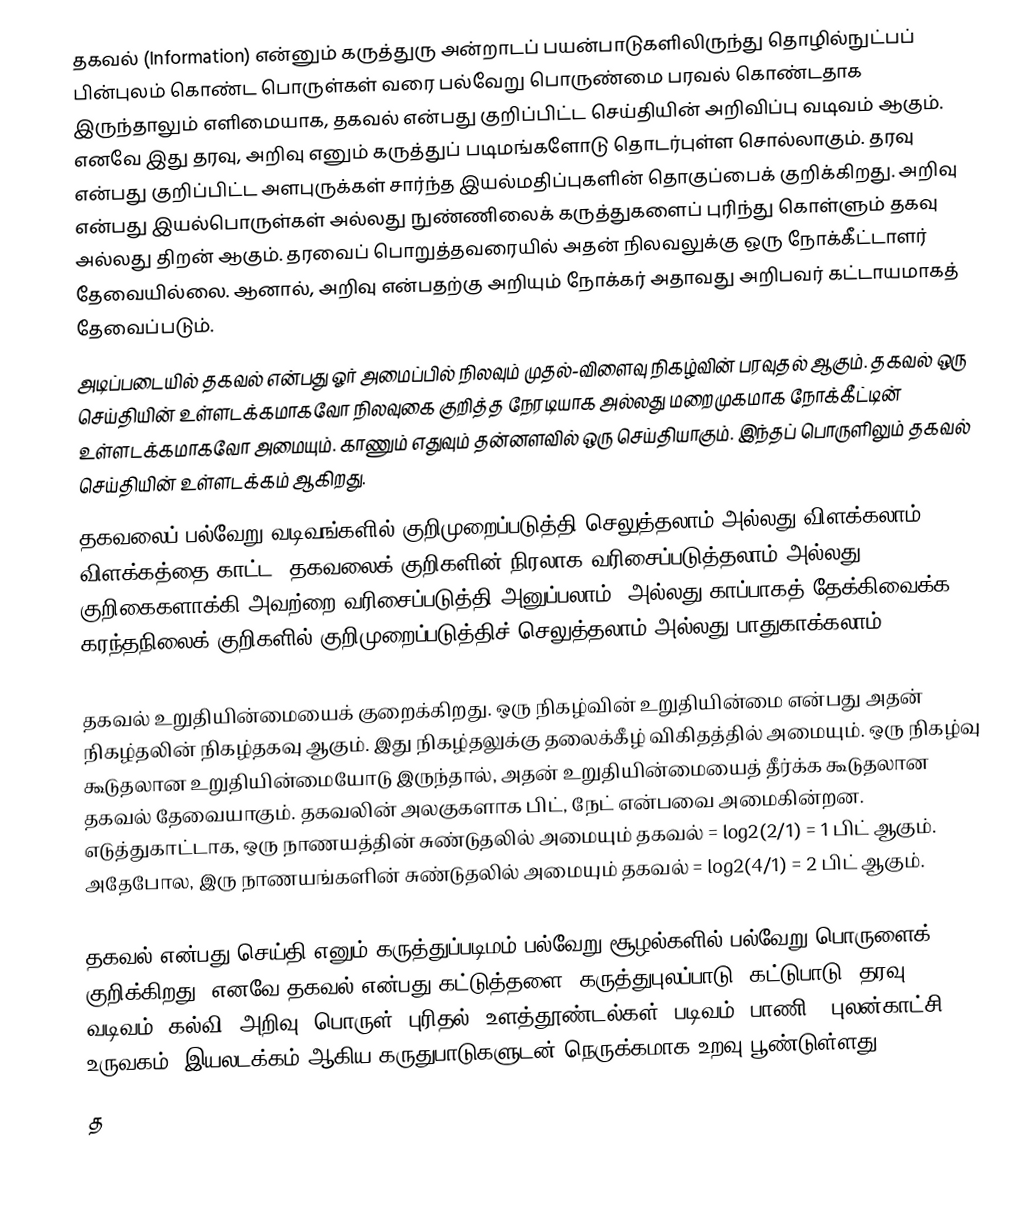
தகவல் (Information) என்னும் கருத்துரு அன்றாடப் பயன்பாடுகளிலிருந்து தொழில்நுட்பப் பின்புலம் கொண்ட பொருள்கள் வரை பல்வேறு பொருண்மை பரவல் கொண்டதாக இருந்தாலும்  எளிமையாக, தகவல் என்பது குறிப்பிட்ட செய்தியின் அறிவிப்பு வடிவம் ஆகும். எனவே இது  தரவு, அறிவு எனும் கருத்துப் படிமங்களோடு தொடர்புள்ள சொல்லாகும். தரவு என்பது குறிப்பிட்ட அளபுருக்கள் சார்ந்த இயல்மதிப்புகளின் தொகுப்பைக் குறிக்கிறது. அறிவு என்பது இயல்பொருள்கள் அல்லது நுண்ணிலைக் கருத்துகளைப் புரிந்து கொள்ளும் தகவு அல்லது திறன் ஆகும். தரவைப் பொறுத்தவரையில் அதன் நிலவலுக்கு ஒரு நோக்கீட்டாளர் தேவையில்லை. ஆனால், அறிவு என்பதற்கு அறியும் நோக்கர் அதாவது அறிபவர் கட்டாயமாகத் தேவைப்படும்.
அடிப்படையில் தகவல் என்பது ஓர் அமைப்பில் நிலவும் முதல்-விளைவு நிகழ்வின் பரவுதல் ஆகும். தகவல் ஒரு செய்தியின் உள்ளடக்கமாகவோ நிலவுகை குறித்த நேரடியாக அல்லது மறைமுகமாக நோக்கீட்டின் உள்ளடக்கமாகவோ அமையும். காணும் எதுவும் தன்னளவில் ஒரு செய்தியாகும். இந்தப் பொருளிலும் தகவல் செய்தியின் உள்ளடக்கம் ஆகிறது.
தகவலைப் பல்வேறு வடிவங்களில் குறிமுறைப்படுத்தி செலுத்தலாம் அல்லது விளக்கலாம். விளக்கத்தை காட்ட, தகவலைக் குறிகளின் நிரலாக வரிசைப்படுத்தலாம் அல்லது குறிகைகளாக்கி அவற்றை வரிசைப்படுத்தி அனுப்பலாம். அல்லது காப்பாகத் தேக்கிவைக்க கரந்தநிலைக் குறிகளில் குறிமுறைப்படுத்திச் செலுத்தலாம் அல்லது பாதுகாக்கலாம்.

தகவல் உறுதியின்மையைக் குறைக்கிறது. ஒரு நிகழ்வின் உறுதியின்மை என்பது அதன் நிகழ்தலின் நிகழ்தகவு ஆகும். இது நிகழ்தலுக்கு தலைக்கீழ் விகிதத்தில் அமையும். ஒரு நிகழ்வு கூடுதலான உறுதியின்மையோடு இருந்தால், அதன் உறுதியின்மையைத் தீர்க்க கூடுதலான தகவல் தேவையாகும். தகவலின் அலகுகளாக பிட், நேட் என்பவை அமைகின்றன. எடுத்துகாட்டாக, ஒரு நாணயத்தின் சுண்டுதலில் அமையும் தகவல் = log2(2/1) = 1 பிட் ஆகும். அதேபோல, இரு நாணயங்களின் சுண்டுதலில் அமையும் தகவல் = log2(4/1) = 2 பிட் ஆகும்.

தகவல் என்பது செய்தி எனும் கருத்துப்படிமம் பல்வேறு சூழல்களில் பல்வேறு பொருளைக் குறிக்கிறது. எனவே தகவல் என்பது கட்டுத்தளை, கருத்துபுலப்பாடு, கட்டுபாடு, தரவு, வடிவம், கல்வி, அறிவு, பொருள், புரிதல், உளத்தூண்டல்கள், படிவம் (பாணி), புலன்காட்சி, உருவகம்,  இயலடக்கம் ஆகிய கருதுபாடுகளுடன் நெருக்கமாக உறவு பூண்டுள்ளது.
த